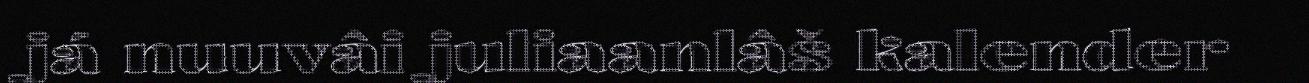
já nuuvâi juliaanlâš kalender